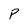
Character: P